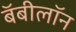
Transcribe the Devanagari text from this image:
बॅबीलॉन